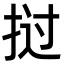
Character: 挝